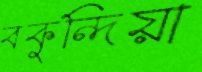
বকুন্দিয়া